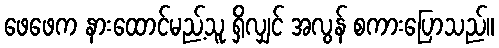
ဖေဖေက နားထောင်မည့်သူ ရှိလျှင် အလွန် စကားပြောသည်။